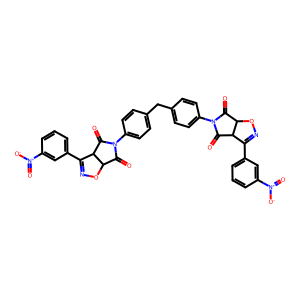
SMILES: O=C1C2ON=C(c3cccc([N+](=O)[O-])c3)C2C(=O)N1c1ccc(Cc2ccc(N3C(=O)C4ON=C(c5cccc([N+](=O)[O-])c5)C4C3=O)cc2)cc1
Inhibits HIV replication: No